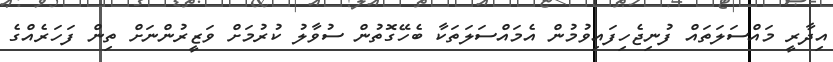
އިދާރީ މައްސަލަތައް ފުނިޖެހިފައިވުމުން އެމައްސަލަތަކާ ބެހޭގޮތުން ސުވާލު ކުރުމަށް ވަޒީރުންނަށް ތިން ފަަހަރެއްގެ